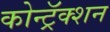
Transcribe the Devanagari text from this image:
कोन्ट्रॅक्शन